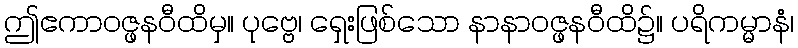
ဤဧကာဝဇ္ဖနဝီထိမှ။ ပုဗ္ဗေ၊ ရှေးဖြစ်သော နာနာဝဇ္ဖနဝီထိ၌။ ပရိကမ္မာနံ၊